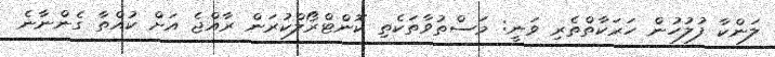
ލަންކާ ފުލުހުން ހަރަކާތްތެރި ވަނީ: މަސްތުވާތަކެތި ކޮންޓްރޯލްކުރަން ރާއްޖެ އަށް ކުއްތާ ގެންނާނެ